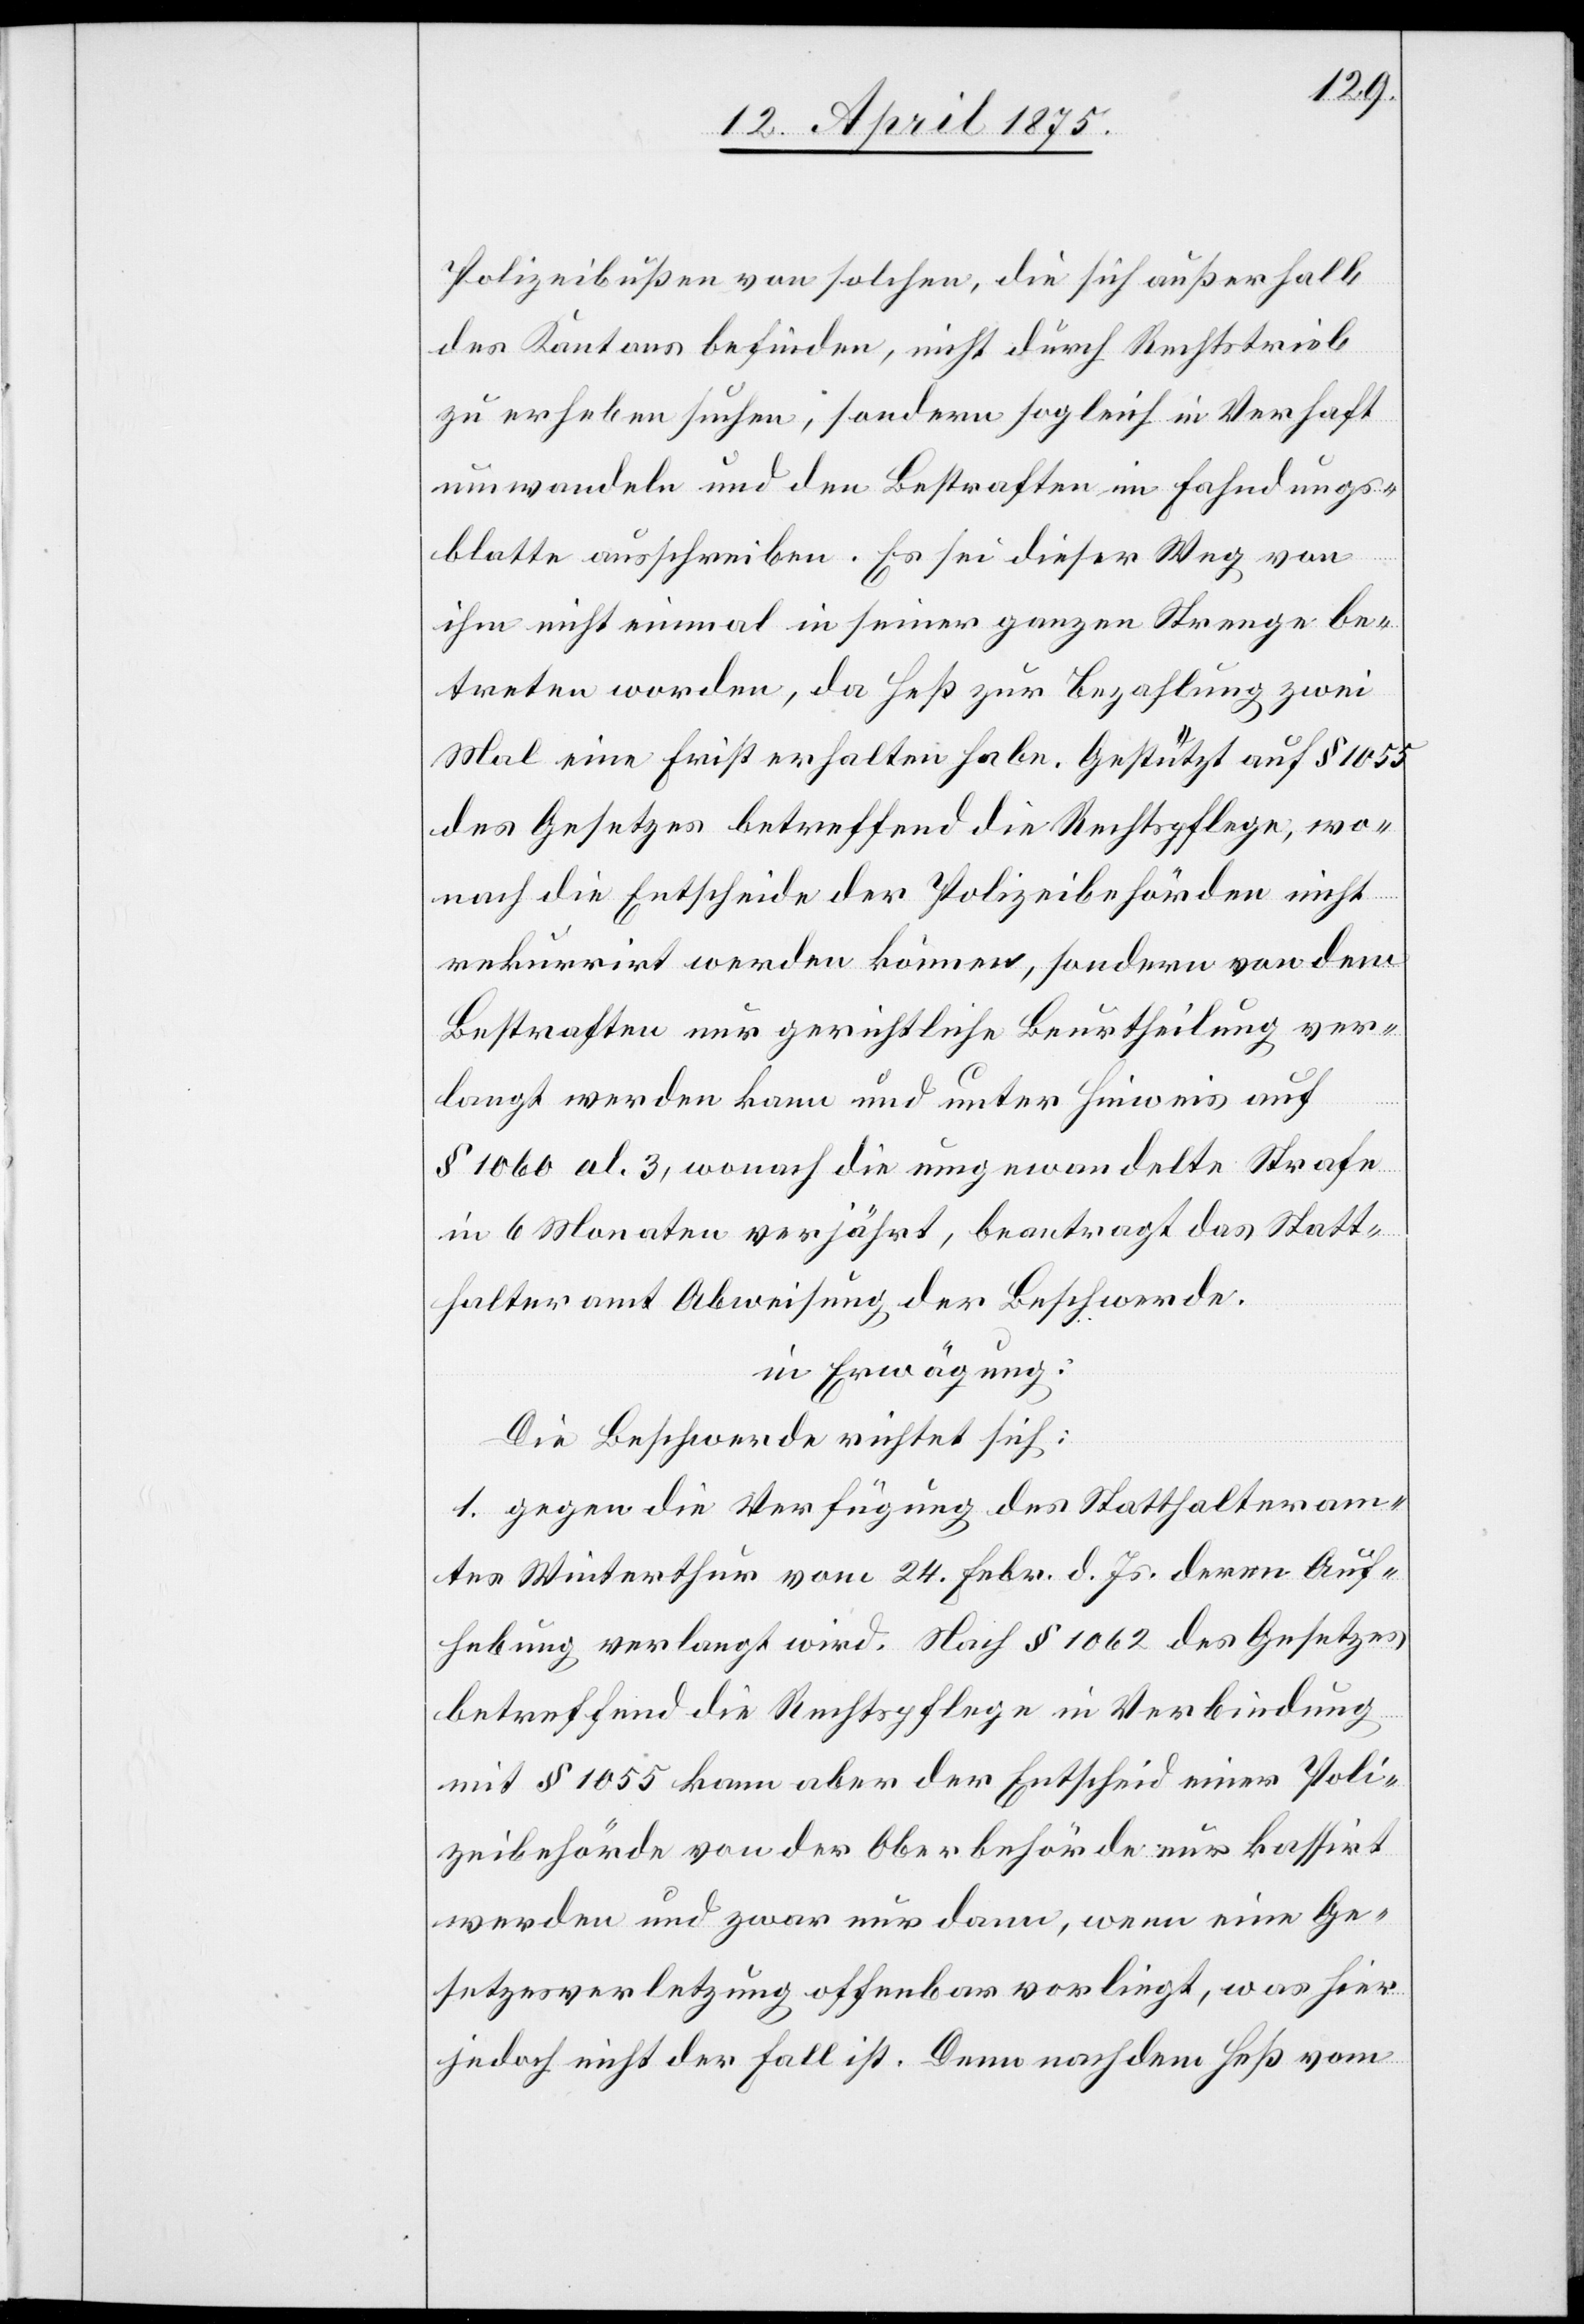
Polizeibußen von solchen, die sich außerhalb
des kantonsbefinden, nicht durch Rechtstrieb
zu erheben suchen, sondern sogleich in Verhaft
umwandeln und den Bestraften im Fahndungs¬
blatte ausschreiben. Es sei dieser Weg von
ihm nicht einmal in seiner ganzen Strenge be¬
treten worden, da Heß zur Bezahlung zwei
Mal eine Frist erhalten habe. Gestützt auf § 1055
des Gesetzes betreffend die Rechtspflege, wo¬
nach die Entscheide der Polizeibehörden nicht
rekurrirt werden können, sondern von dem
bestraften nur gerichtliche Beurtheilung ver¬
langt werden kann und unter Hinweis auf
§ 1060 al. 3, wonach die umgewandelte Strafe
in 6 Monaten verjährt, beantragt das Statt¬
halteramt Abweisung der Beschwerde.
in Erwägung:
Die Beschwerde richtet sich:
1. gegen die Verfügung des Statthalteram¬
tes Winterthur vom 24. Febr. d. Js. deren Auf¬
hebung verlangt wird. Nach § 1062 des Gesetzes
betreffend die Rechtspflege in Verbindungen
mit § 1055 kann aber der Entscheid einer Poli¬
zeibehörde von der Oberbehörde nur kassirt
werden und zwar nur dann, wenn eine Ge¬
setzesverletzung offenbar vorliegt, was hier
jedoch nicht der Fall ist. Denn nach dem Heß vom